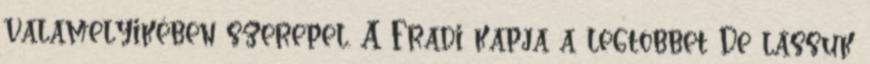
valamelyikében szerepel. A Fradi kapja a legtöbbet De lássuk